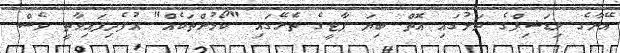
އޭނާގެ ލިޑަޝިޕްގެ ދަށުގައި އޮތް ބިޔަ ޕާޓީގެ ތެރޭގައި "ކޯޅުންތަކެއް" އުފެދިފައިވާތީ ވެސް